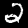
Label: 2